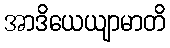
အာဒိယေယျာမာတိ